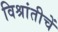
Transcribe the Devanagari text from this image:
विश्रांतीचें